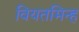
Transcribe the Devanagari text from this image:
वियतमिन्ह